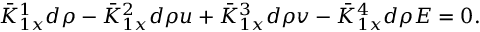
\bar { K } _ { 1 x } ^ { 1 } d \rho - \bar { K } _ { 1 x } ^ { 2 } d \rho u + \bar { K } _ { 1 x } ^ { 3 } d \rho v - \bar { K } _ { 1 x } ^ { 4 } d \rho E = 0 .